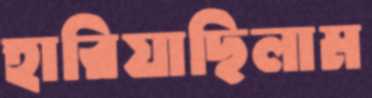
হারিয়াছিলাম